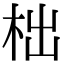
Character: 柮